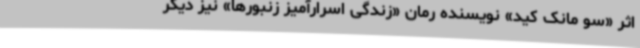
اثر «سو مانک کید»‌ نویسنده رمان «زندگی اسرارآمیز زنبورها» نیز دیگر